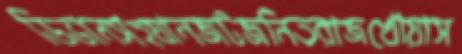
ডিভানসহযানজটজনিতরাজখোয়াস